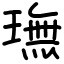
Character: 璑